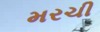
મરચી